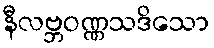
နီလဗ္ဘဝဏ္ဏသဒိသော